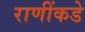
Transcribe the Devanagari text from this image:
राणींकडे